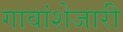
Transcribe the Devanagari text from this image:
गावांशेजारी